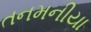
તનમનીયા